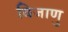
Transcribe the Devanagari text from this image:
विजाणु